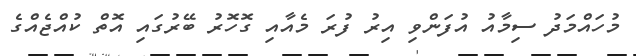
މުހައްމަދު ސިމާއު އުފަންވި އިރު ފުރަ މެއާއި ގޮހޮރު ބޭރުގައި އޮތް ކުއްޖެއްގެ